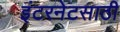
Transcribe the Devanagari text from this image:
इंटरनेटसाठी